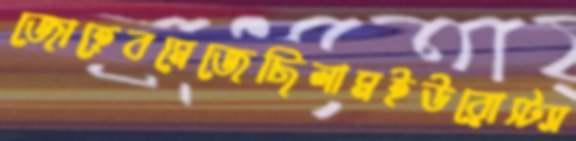
জোহেবমেজেছিলামইউরোস্ট্যা